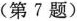
(第7题)